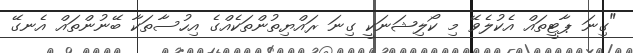
"ގިނަ ޕާޓީތައް އެކުލެވޭ މި ކޯލިޝަނަކީ ގިނަ ރައްޔިތުންތަކެއްގެ އިހުސާތަކާ ބޭނުންތައް އެނގޭ